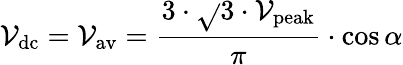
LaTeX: \mathcal{V}_{\mathrm{{dc}}}=\mathcal{V}_{\mathrm{{av}}}={\frac{{3\cdot{\sqrt{}{{3}}}\cdot\mathcal{V}_{\mathrm{{peak}}}}}{{\pi}}}\cdot\cos\alpha